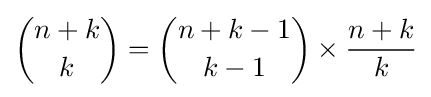
{n+k \choose k}={n+k-1 \choose k-1}\times {\frac {n+k}{k}}